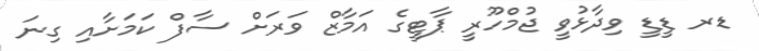
ޑރ ޑީޑީ ވިދާޅުވީ ޖުމްހޫރީ ޕާޓީގެ އަމާޒް ވަރަށް ސާފް ކަމަށާއި ގިނަ